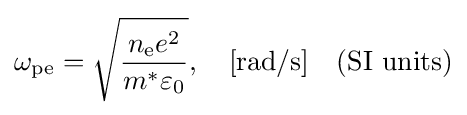
\omega _{\mathrm {pe} }={\sqrt {\frac {n_{\mathrm {e} }e^{2}}{m^{*}\varepsilon _{0}}}},\quad {\text{[rad/s]}}\quad {\text{(SI units)}}